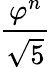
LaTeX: \frac{\varphi^{n}}{\sqrt{5}}